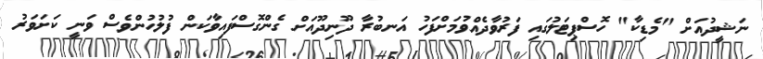
ނަޝީދުއަށް "މެޑިކާ" ހޮސްޕިޓަލުގައި ފަރުވާދެއްވުމަށްފަހު އަނބުރާ ދޫނިދޫއަށް ގެންގޮސްފައިވާކަން ފުލުހުންވެސް ވަނީ ކަށަވަރު